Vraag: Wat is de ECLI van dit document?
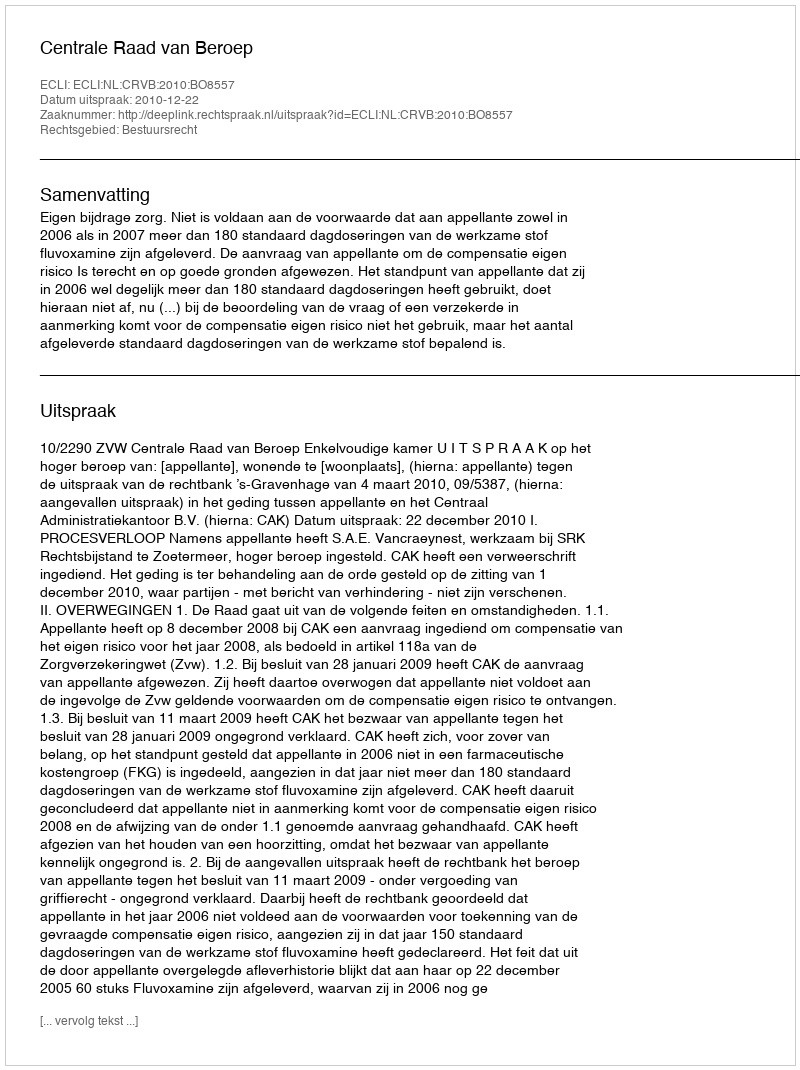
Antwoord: ECLI:NL:CRVB:2010:BO8557